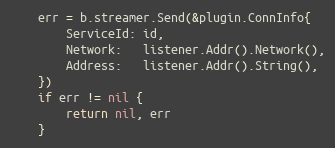
Language: Go
	err = b.streamer.Send(&plugin.ConnInfo{
		ServiceId: id,
		Network:   listener.Addr().Network(),
		Address:   listener.Addr().String(),
	})
	if err != nil {
		return nil, err
	}